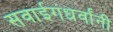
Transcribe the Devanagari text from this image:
सवाईगंधर्वांनी